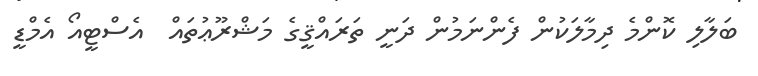
ބަލާލި ކޮންމެ ދިމާލަކުން ފެންނަމުން ދަނީ ތަރައްޤީގެ މަޝްރޫޢުތައް  އެސްޓީއޯ އެމްޑީ